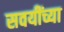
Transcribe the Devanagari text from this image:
सवयींच्या